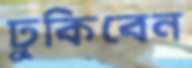
ঢুকিবেন